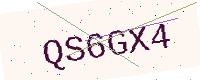
Text: QS6GX4